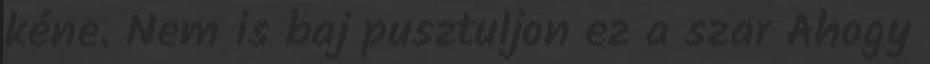
kéne. Nem is baj pusztuljon ez a szar Ahogy